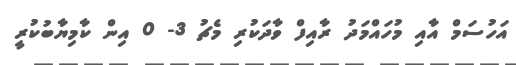
އަހުސަމް އާއި މުހައްމަދު ރާއިފް ވާދަކުރި މެޗު 3- 0 އިން ކާމިޔާބުކުރީ